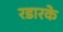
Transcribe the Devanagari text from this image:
रडारके